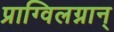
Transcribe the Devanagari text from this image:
प्राग्विलग्नान्